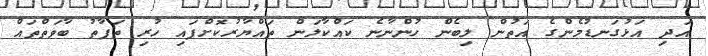
އަދި އަޅުގަނޑުމެންގެ އަތުން ލިބެން ހުންނާނެ ކައްކާލަން ތައްޔާރުކޮށްފައި ހުރި ތަފާތު ބާވަތްތައް